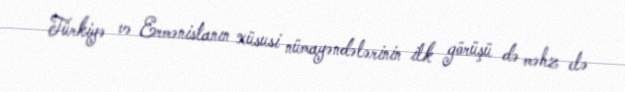
Türkiyə və Ermənistanın xüsusi nümayəndələrinin ilk görüşü də məhz elə